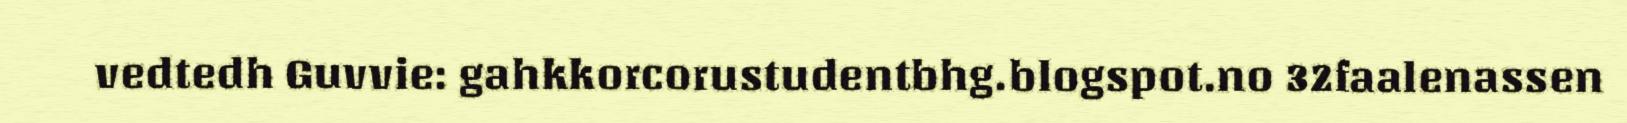
vedtedh Guvvie: gahkkorcorustudentbhg.blogspot.no 32faalenassen